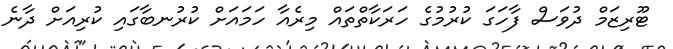
ޓޫރިޒަމް ދުވަސް ފާހަގަ ކުރުމުގެ ހަރަކާތްތައް މިރެއާ ހަމައަށް ކުރުނބާގައި ކުރިއަށް ދާނެ